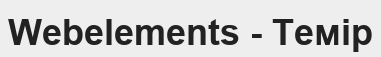
Webelements - Темір